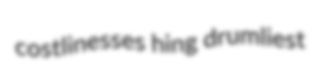
costlinesses hing drumliest